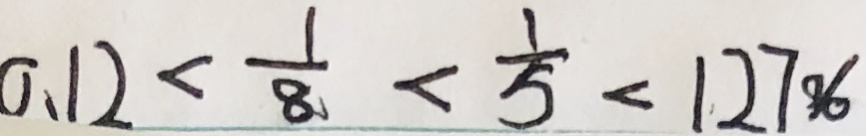
0 . 1 2 < \frac { 1 } { 8 } < \frac { 1 } { 5 } < 1 2 7 \%